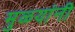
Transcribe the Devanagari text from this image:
मुळ्यांनी